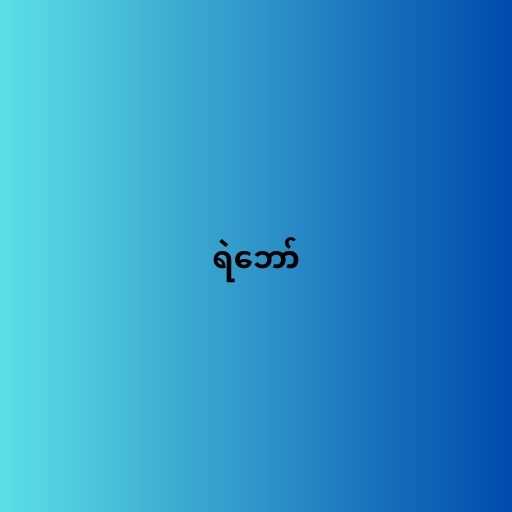
ရဲဘော်